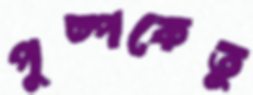
পুষ্পকেতুু